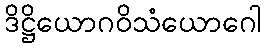
ဒိဋ္ဌိယောဂဝိသံယောဂေါ